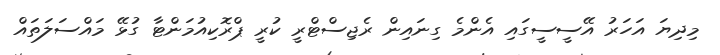
މިދިޔަ އަހަރު އޭސީސީގައި އެންމެ ގިނައިން ރެޖިސްޓްރީ ކުރީ ޕްރޮކިއުމަންޓާ ގުޅޭ މައްސަލަތައް